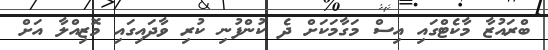
ބްރައުޒާ މާކެޓްގައި އިސް މަގާމަކަށް ދެ ކުންފުނި ކުރި ވާދައިގައި މޮޒިއްލާ އަށް